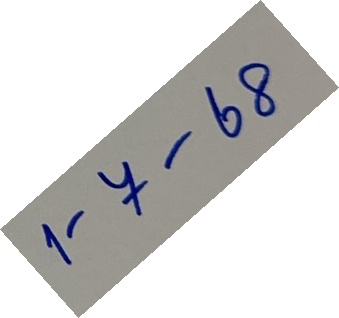
1 - 7 - 68